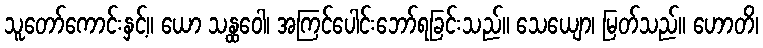
သူတော်ကောင်းနှင့်။ ယော သန္ထဝေါ၊ အကြင်ပေါင်းဘော်ရခြင်းသည်။ သေယျော၊ မြတ်သည်။ ဟောတိ၊